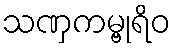
သဏှကမ္ဗုရိဝ